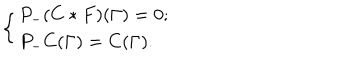
\left\{ \begin{array} { l c } { { P _ { - } ( C * F ) ( \Gamma ) = 0 ; } } \\ { { P _ { - } C ( \Gamma ) = C ( \Gamma ) . } } \\ \end{array} \right.